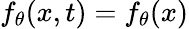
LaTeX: f_{\theta}(x,t)=f_{\theta}(x)